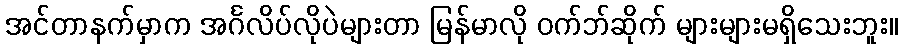
အင်တာနက်မှာက အင်္ဂလိပ်လိုပဲများတာ မြန်မာလို ဝက်ဘ်ဆိုက် များများမရှိသေးဘူး။